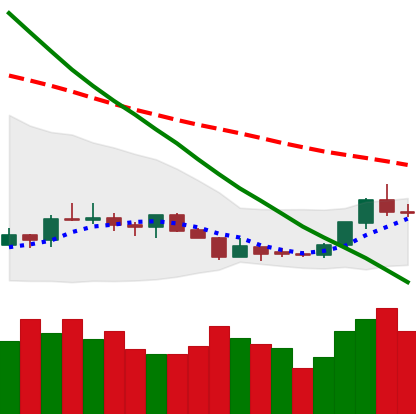
Ticker: LTC-USD
Chart end date: 2018-07-19
Forward return: 3.02%
Label: up_3_5